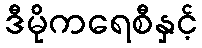
ဒီမိုကရေစီနှင့်